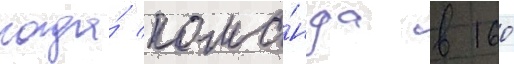
когда́ кома́нда в 160